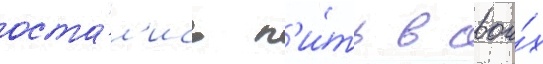
оста́л'ись п'и́ть в свои́х